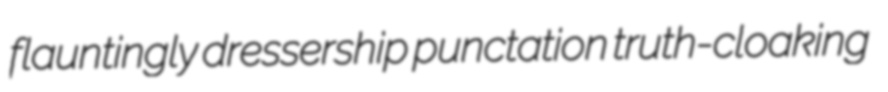
flauntingly dressership punctation truth-cloaking